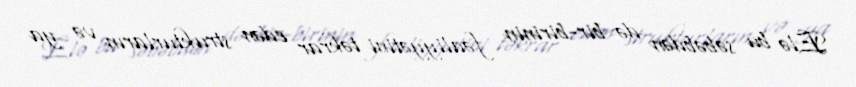
Elə bu səbəbdən də bir-birinin fəaliyyətini təkrar edən strukturların və ya